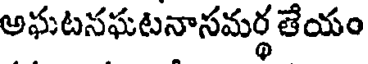
అఘటనఘటనాసమర్థ తేయం